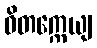
ဝိတက္ကေယျ